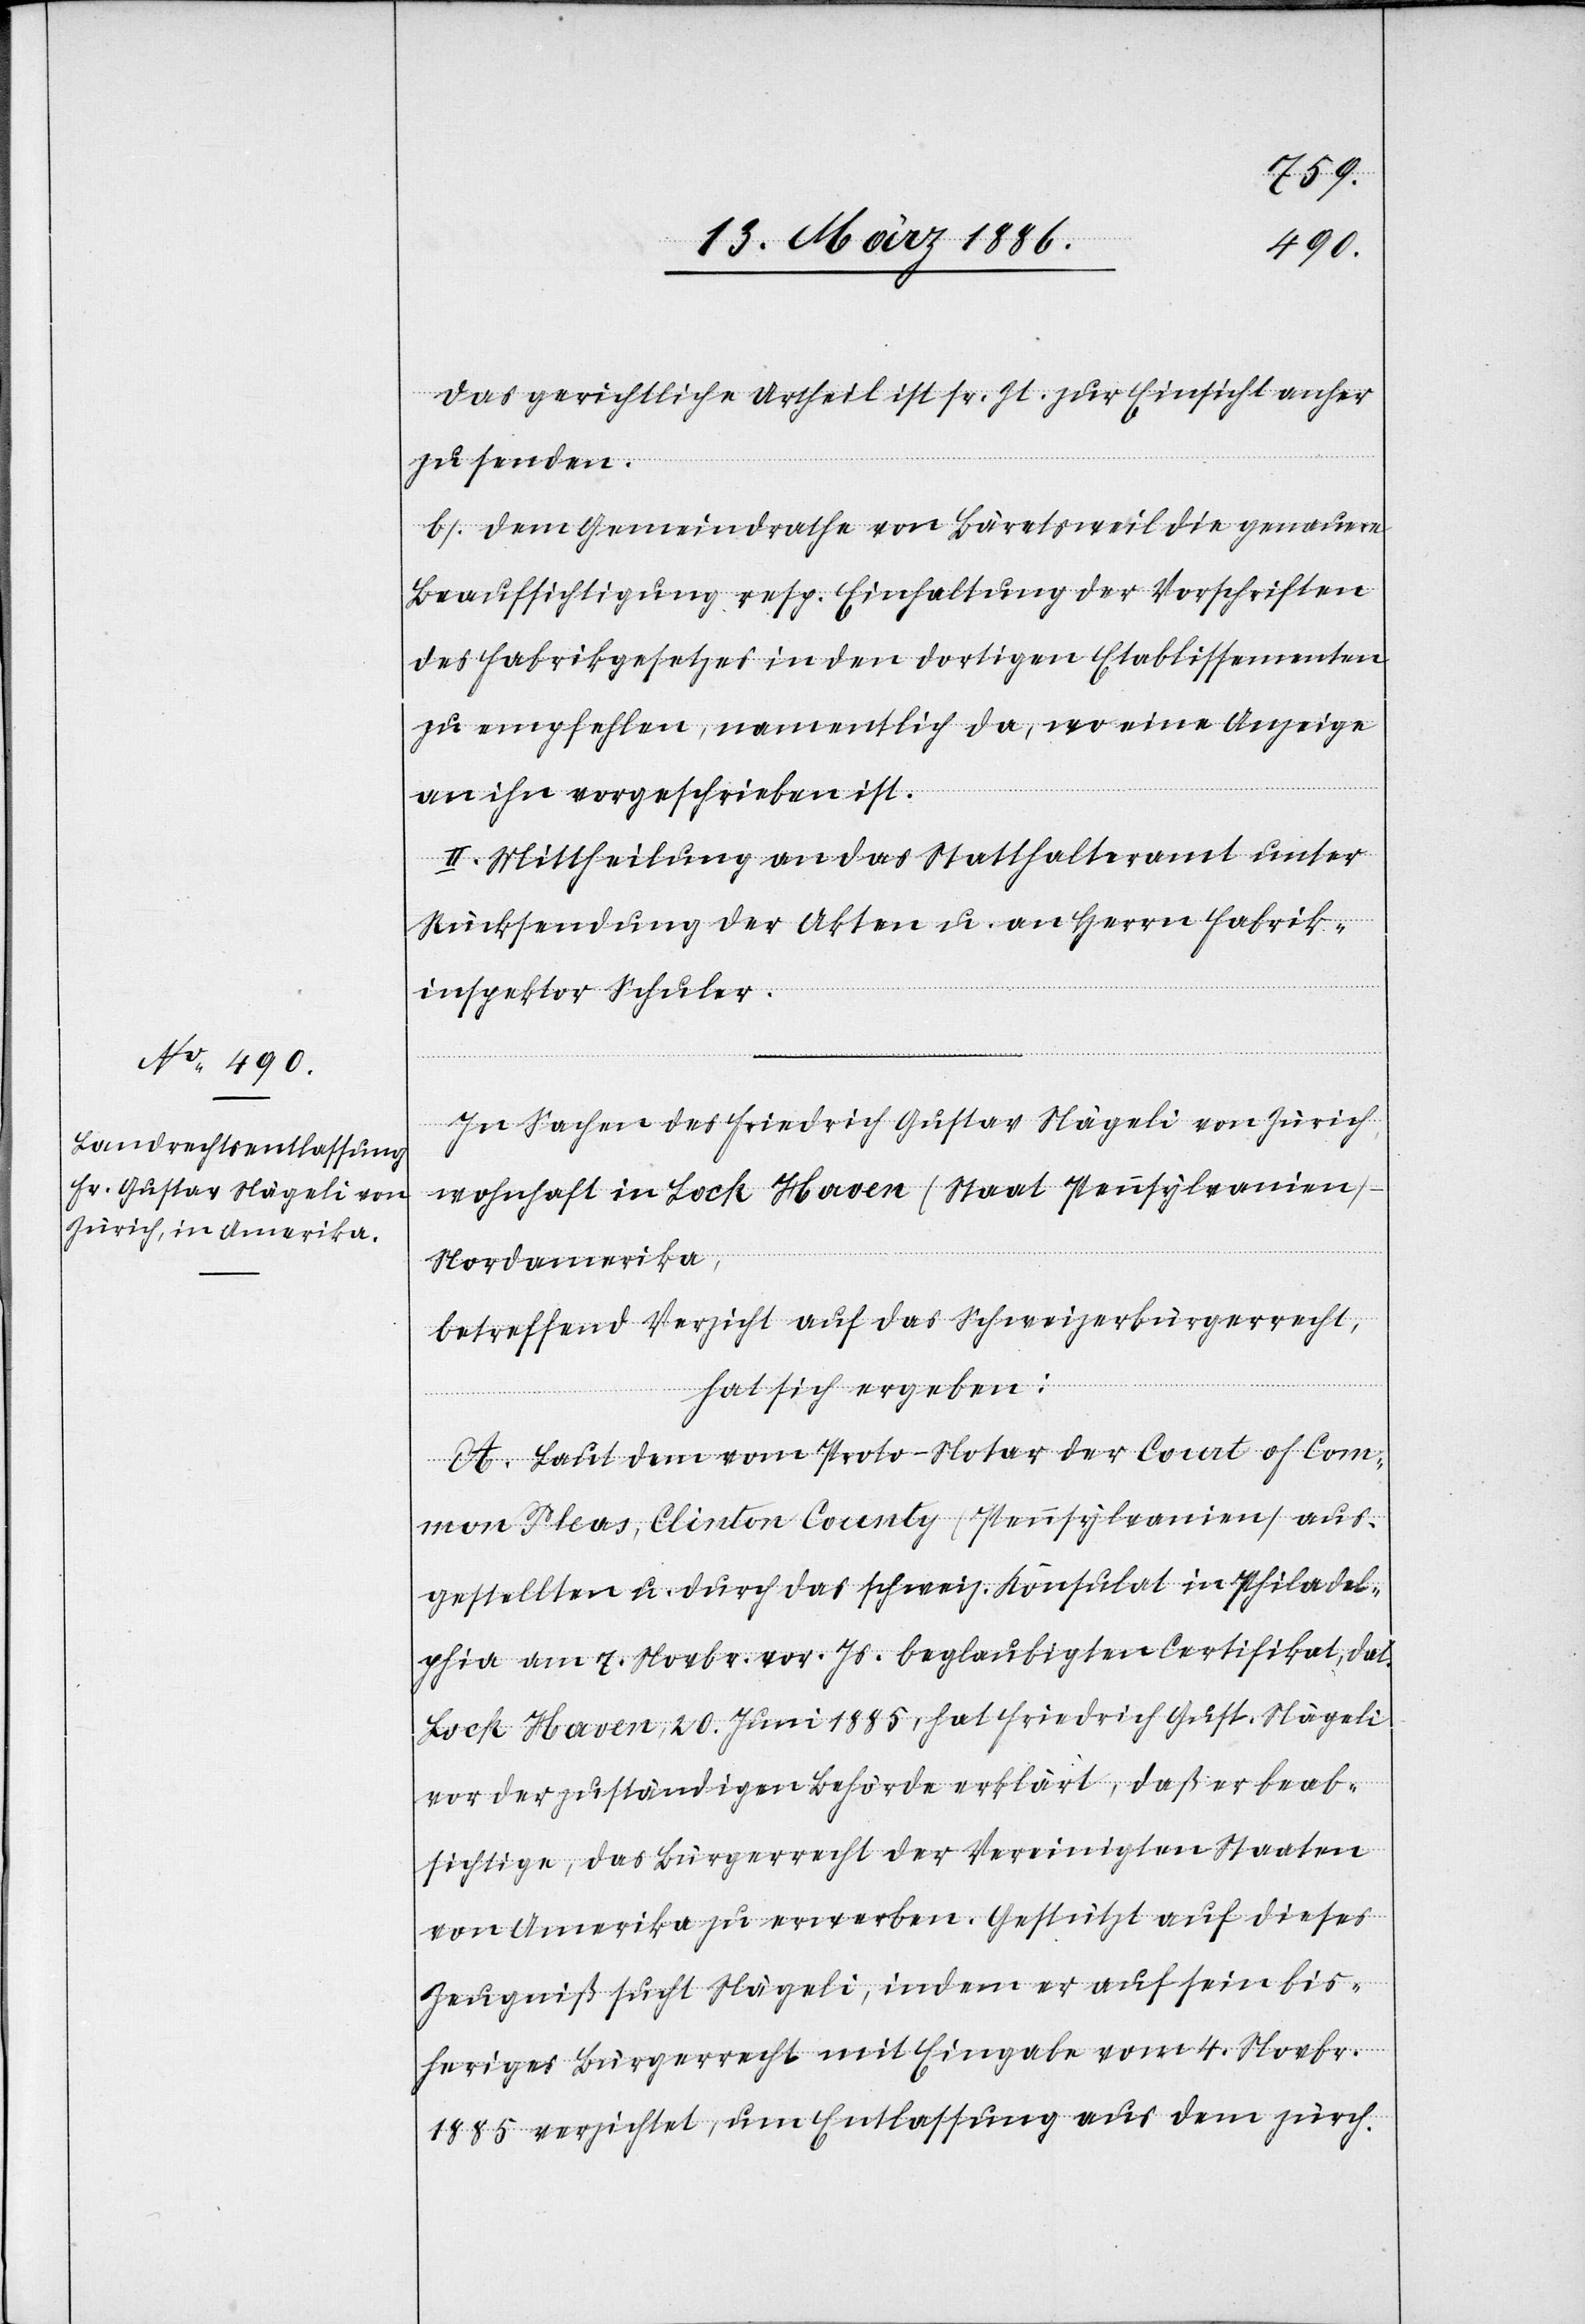
Das gerichtliche Urtheil ist sr. Zt. zur Einsicht anher
zu senden.
b) Dem Gemeindrathe von Bäretsweil die genaue
Beaufsichtigung resp. Einhaltung der Vorschriften
des Fabrikgesetzes in den dortigen Etablissementen
zu empfehlen, namentlich da, wo eine Anzeige
an ihn vorgeschrieben ist.
II. Mittheilung an das Statthalteramt unter
Rücksendung der Akten u. an Herrn Fabrik¬
inspektor Schuler.
In Sachen des Friedrich Gustav Nägeli von Zürich,
wohnhaft in Lock Haver (Staat Pennsylvanien)
Nordamerika,
betreffend Verzicht auf das Schweizerbürgerrecht,
hat sich ergeben:
A. Laut dem vom Proto-Notar des Court of Com¬
mon Pleas, Clinton County (Pennsylvanien) aus¬
gestellten u. durch das schweiz. Konsulat in Philadel¬
phia am 7. Novbr. vor. Js. beglaubigten Certifikat, dat.
Lock Haver, 20. Juni 1885, hat Friedrich Gust. Nägeli
vor der zuständigen Behörde erklärt, daß er beab¬
sichtige, das Bürgerrecht der Vereinigten Staaten
von Amerika zu erwerben. Gestützt auf dieses
Zeugniß sucht Nägeli, indem er auf sein bis¬
heriges Bürgerrecht mit Eingabe vom 4. Novbr.
1885 verzichtet, um Entlassung aus dem zürch.